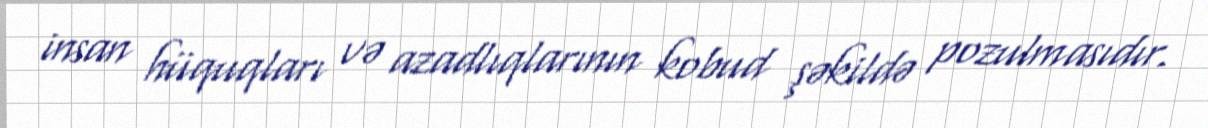
insan hüquqları və azadlıqlarının kobud şəkildə pozulmasıdır.